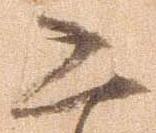
恐